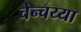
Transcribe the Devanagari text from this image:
चेन्चय्या